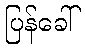
ပြန်ခေါ်